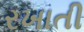
રખાતી